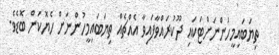
ތިޔަބައިމީހުންނަށްޓަކައި ދޫކުރައްވާފައިވާ އެއްޗެއް ތިޔަބައިމީހުންނަށް ހެޔޮކަން ބޮޑެވެ.